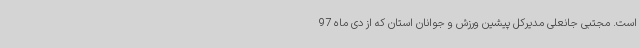
است. مجتبی جانعلی مدیرکل پیشین ورزش و جوانان استان که از دی ماه 97